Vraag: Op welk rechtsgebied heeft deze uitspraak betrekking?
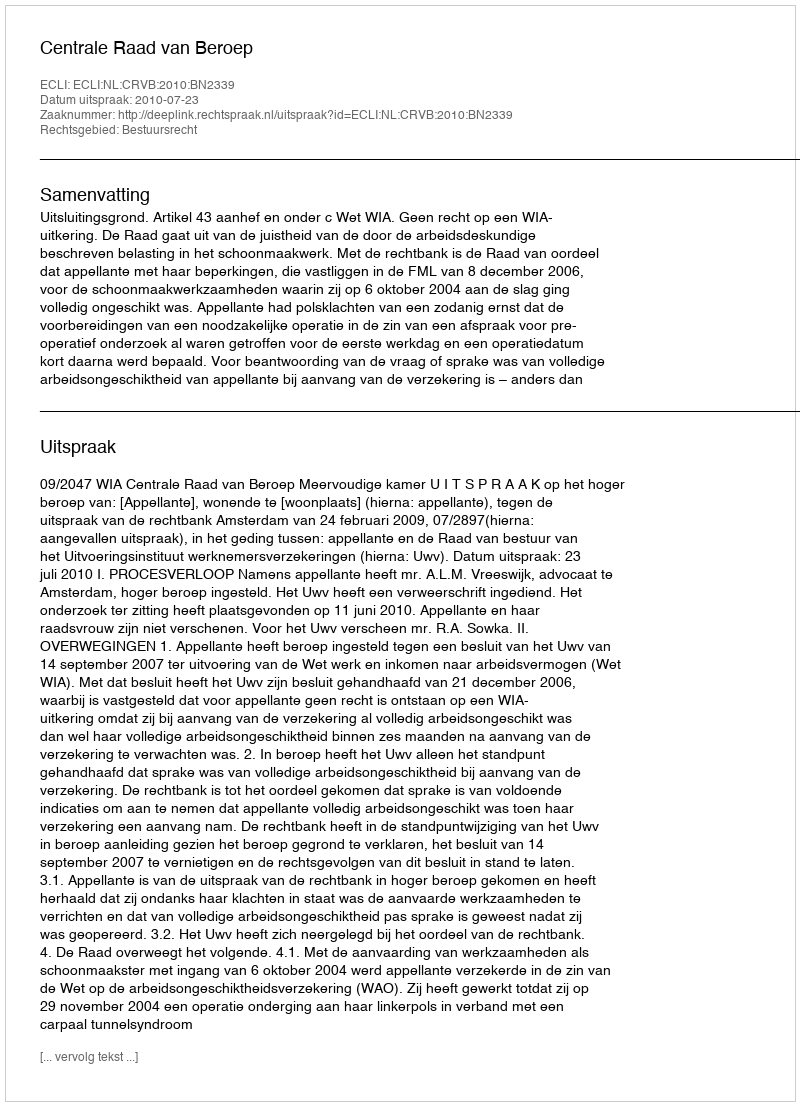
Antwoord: Bestuursrecht